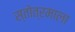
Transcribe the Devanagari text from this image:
स्तोत्रमाला